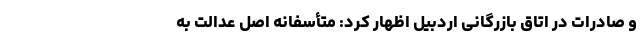
و صادرات در اتاق بازرگانی اردبیل اظهار کرد: متأسفانه اصل عدالت به